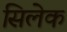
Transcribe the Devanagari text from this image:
सिलेक